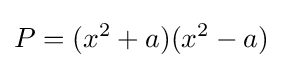
P=(x^{2}+a)(x^{2}-a)